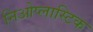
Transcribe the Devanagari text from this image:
निओप्लास्टिक